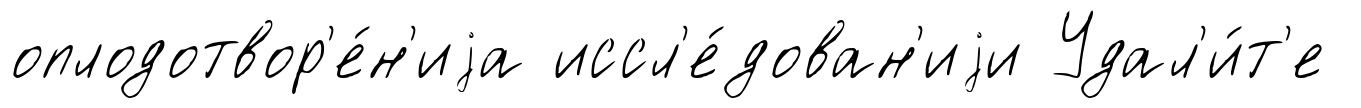
оплодотвор'е́н'иjа иссл'е́дован'иjи Удал'и́т'е